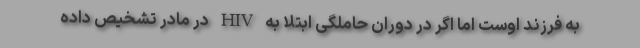
به فرزند اوست اما اگر در دوران حاملگی ابتلا به HIV در مادر تشخیص داده